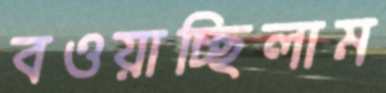
বওয়াচ্ছিলাম